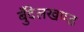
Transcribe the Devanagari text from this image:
बुँदेलखण्ड